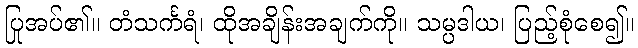
ပြုအပ်၏။ တံသင်္ကရံ၊ ထိုအချိန်းအချက်ကို။ သမ္ပဒါယ၊ ပြည့်စုံစေ၍။